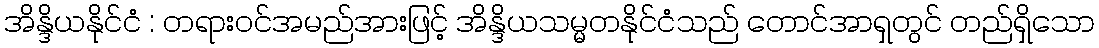
အိန္ဒိယနိုင်ငံ : တရားဝင်အမည်အားဖြင့် အိန္ဒိယသမ္မတနိုင်ငံသည် တောင်အာရှတွင် တည်ရှိသော